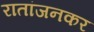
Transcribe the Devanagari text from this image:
रातांजनकर